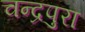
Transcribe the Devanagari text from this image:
चन्द्रपुरा